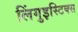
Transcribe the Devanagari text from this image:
लिंगुइस्टिक्स